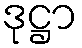
ဒုဋ္ဌာ